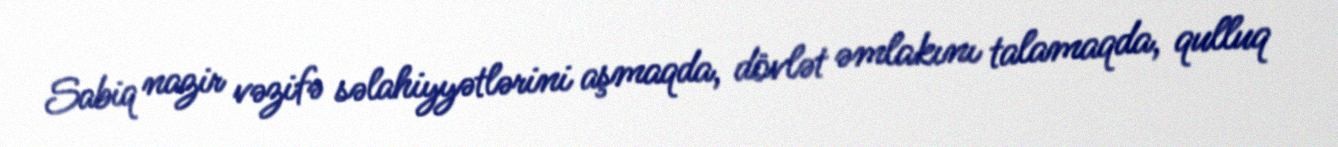
Sabiq nazir vəzifə səlahiyyətlərini aşmaqda, dövlət əmlakını talamaqda, qulluq